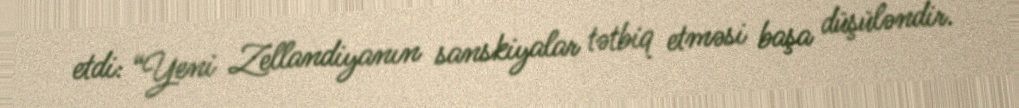
etdi: “Yeni Zellandiyanın sanskiyalar tətbiq etməsi başa düşüləndir.